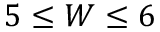
5 \le W \le 6